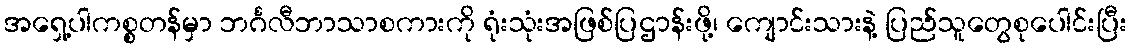
အရှေ့ပါကစ္စတန်မှာ ဘင်္ဂလီဘာသာစကားကို ရုံးသုံးအဖြစ်ပြဌာန်းဖို့၊ ကျောင်းသားနဲ့ ပြည်သူတွေစုပေါင်းပြီး